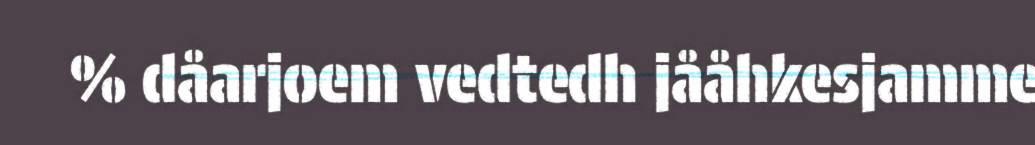
% dåarjoem vedtedh jååhkesjamme